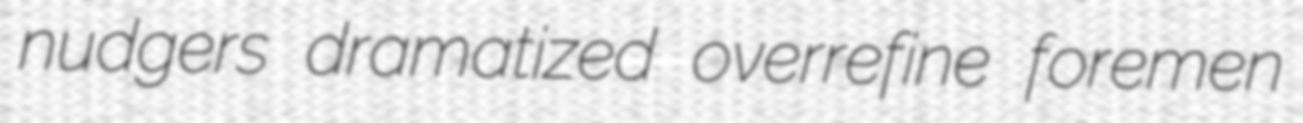
nudgers dramatized overrefine foremen